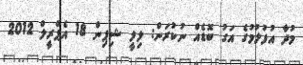
މުދާ އުފުލުމުގެ އަގު ބޮޑެއް ނުކުރަން: ލިލީ ޝިޕިން 18 އެޕްރީލް 2012